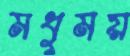
মধুময়